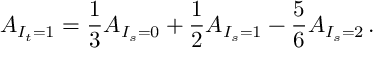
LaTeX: A _ { I _ { t } = 1 } = { \frac { 1 } { 3 } } A _ { I _ { s } = 0 } + { \frac { 1 } { 2 } } A _ { I _ { s } = 1 } - { \frac { 5 } { 6 } } A _ { I _ { s } = 2 } \, .